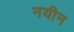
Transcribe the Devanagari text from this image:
नयीन